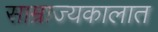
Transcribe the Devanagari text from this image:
साम्राज्यकालात